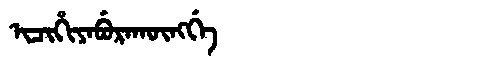
Manchu: ᡳᠴᡳᡥᡳᠶᠠᠪᡠᡵᠠᡴᡡᠩᡤᡝ
Romanization: ICIHIYABURAKŪNGGE